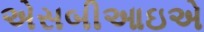
એસબીઆઇએ